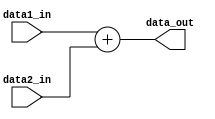
`timescale 1ns / 1ps
//////////////////////////////////////////////////////////////////////////////////
// Company: 
// Engineer: 
// 
// Design Name: 
// Module Name:    Adder 
// Project Name: 
// Target Devices: 
// Tool versions: 
// Description: 
//
// Dependencies: 
//
// Revision: 
// Revision 0.01 - File Created
// Additional Comments: 
//
//////////////////////////////////////////////////////////////////////////////////
module Adder(
   data1_in,
    data2_in,
    data_out
);


input   [31:0]  data1_in;
input   [31:0]  data2_in;
output  [31:0]  data_out;

reg [31:0] data_out;

always @(data1_in or data2_in) begin
	data_out = data1_in + data2_in;
end

endmodule